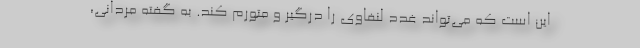
این است که می‌تواند غدد لنفاوی را درگیر و متورم کند. به گفته مردانی،